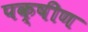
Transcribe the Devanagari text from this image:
पक्षीण